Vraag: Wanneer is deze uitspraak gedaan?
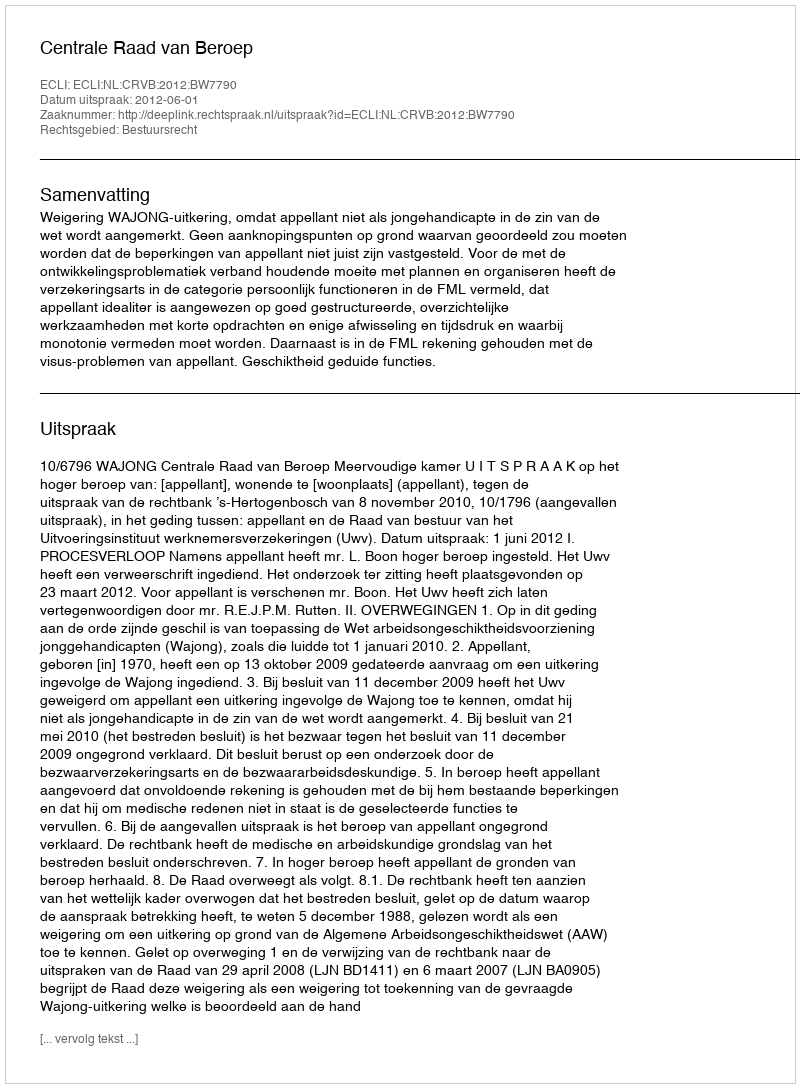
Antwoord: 2012-06-01